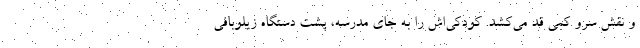
و نقش سرو کمی قد می‌کشد. کودکی‌اش را به جای مدرسه، پشت دستگاه زیلوبافی